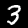
Label: 3